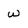
Character: w